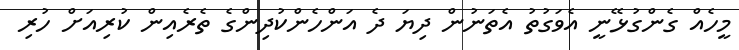
މީހެއް ގެންގުޅޭނީ އެވަގުތު އެތަނުން ދިޔަ ދެ އަންހެންކުދިންގެ ތެރެއިން ކުރިއަށް ހުރި